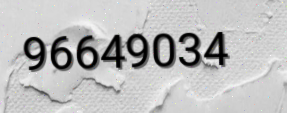
96649034